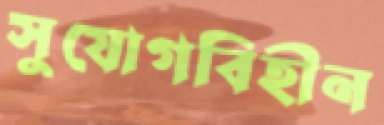
সুযোগবিহীন